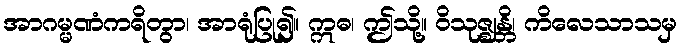
အာဂမ္မဏံကရိတွာ၊ အာရုံပြု၍။ ဣဓ၊ ဤသို့။ ဝိသုဇ္ဈန္တိ၊ ကိလေသာသမှ